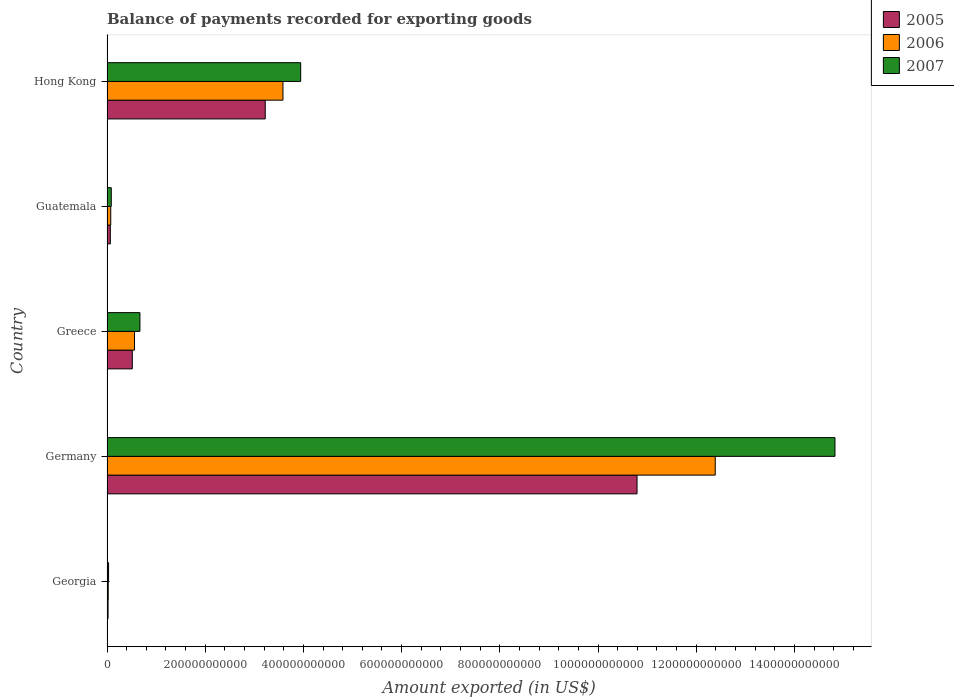
| Country | 2005 | 2006 | 2007 |
 | --- | --- | --- | --- |
 | Georgia | 2.15e+09 | 2.5e+09 | 3.16e+09 |
 | Germany | 1.08e+12 | 1.24e+12 | 1.48e+12 |
 | Greece | 5.15e+10 | 5.6e+10 | 6.7e+10 |
 | Guatemala | 6.77e+09 | 7.6e+09 | 8.71e+09 |
 | Hong Kong | 3.22e+11 | 3.58e+11 | 3.94e+11 |